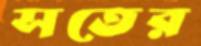
সতের